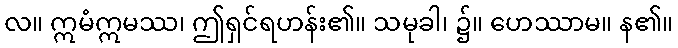
လ။ ဣမံဣမဿ၊ ဤရှင်ရဟန်း၏။ သမုခါ၊ ၌။ ဟေဿာမ။ န၏။